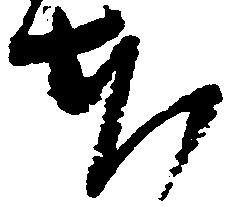
本